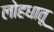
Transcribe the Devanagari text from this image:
लोहधातू